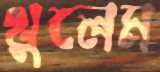
থুলেম